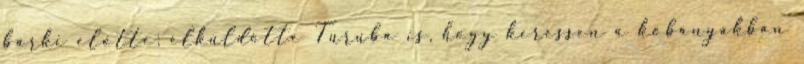
bárki előtte; elküldötte Turuba is, hogy keressen a kőbányákban